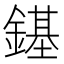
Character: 䥓